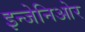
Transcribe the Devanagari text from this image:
इन्जेनिओर